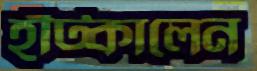
হাঁট্‌কালেন